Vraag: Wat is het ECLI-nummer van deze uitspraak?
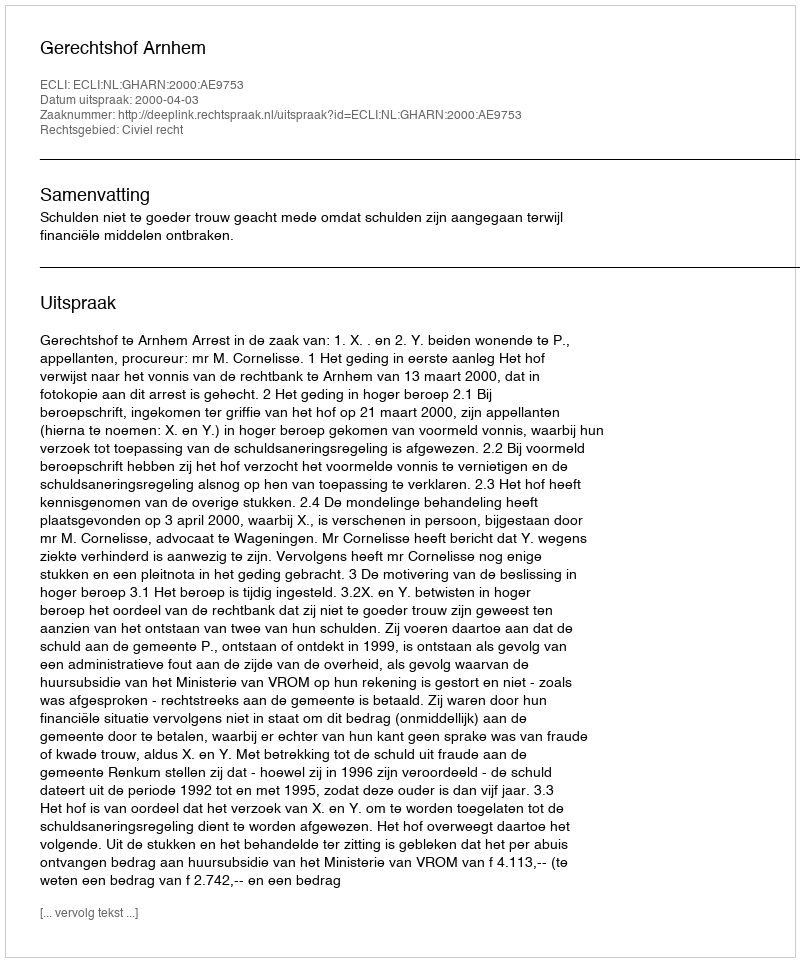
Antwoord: ECLI:NL:GHARN:2000:AE9753